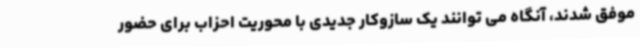
موفق شدند، آنگاه می توانند یک سازوکار جدیدی با محوریت احزاب برای حضور